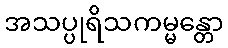
အသပ္ပုရိသကမ္မန္တော